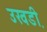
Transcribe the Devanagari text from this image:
उखडी़